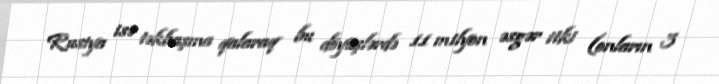
Rusiya isə təkbaşına qalaraq bu döyüşlərdə 11 milyon əsgər itki (onların 3